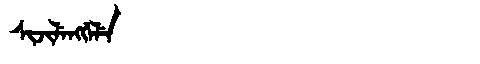
Manchu: ᠰᡳᠵᡳᠯᡝᠩᡤᡝᠯᡝ
Romanization: SIJILENGGELE